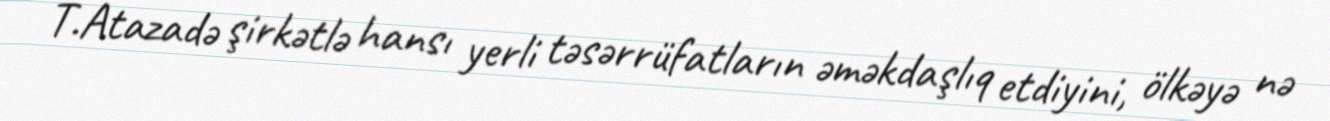
T.Atazadə şirkətlə hansı yerli təsərrüfatların əməkdaşlıq etdiyini, ölkəyə nə